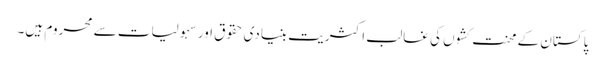
پاکستان کے محنت کشوں کی غالب اکثریت بنیادی حقوق اور سہولیات سے محروم ہیں۔